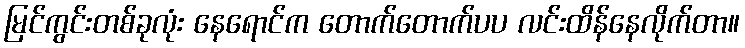
မြင်ကွင်းတစ်ခုလုံး နေရောင်က တောက်တောက်ပပ လင်းထိန်နေလိုက်တာ။